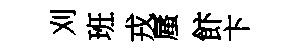
刈班戎蜃飰卞